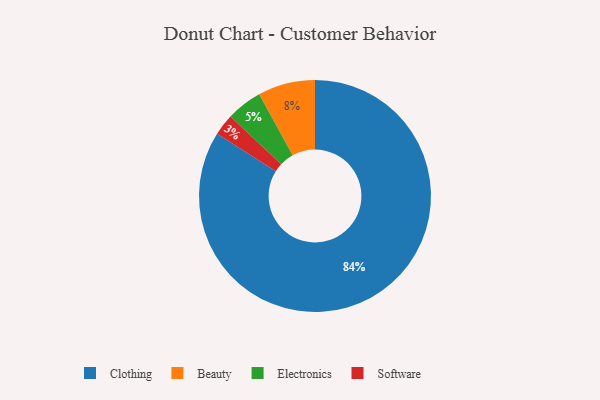
{"axis": {"x": "Category", "y": "Percentage"}, "legend": ["Beauty", "Clothing", "Electronics", "Software"], "data": [{"x": "Clothing", "y": 84, "type": "Clothing"}, {"x": "Beauty", "y": 8, "type": "Beauty"}, {"x": "Electronics", "y": 5, "type": "Electronics"}, {"x": "Software", "y": 3, "type": "Software"}]}